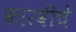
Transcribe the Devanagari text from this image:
कारवीचे